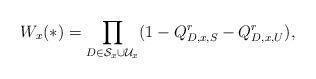
LaTeX: \begin{align*}W_x(*)&=\prod_{D\in\mathcal{S}_{x}\cup \mathcal{U}_{x}}(1- Q_{D,x,S}^r- Q_{D,x,U}^r),\end{align*}